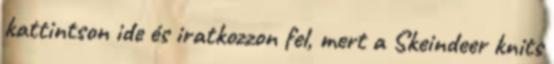
kattintson ide és iratkozzon fel, mert a Skeindeer knits